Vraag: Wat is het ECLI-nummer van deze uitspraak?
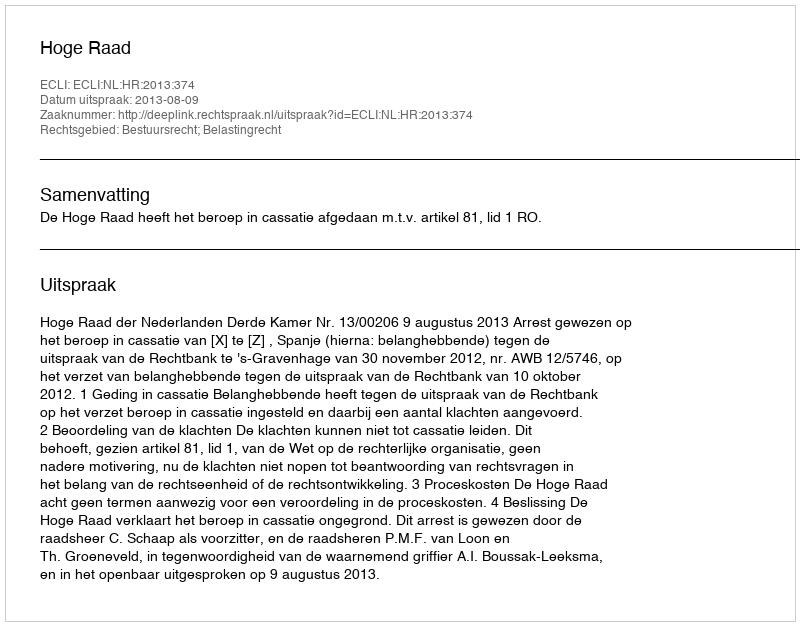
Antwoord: ECLI:NL:HR:2013:374